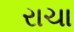
રાચા